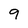
Character: 9